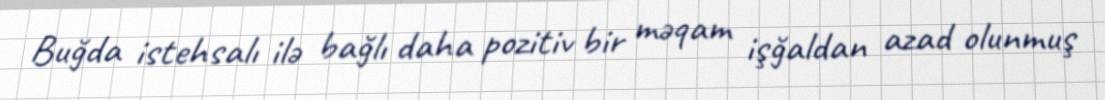
Buğda istehsalı ilə bağlı daha pozitiv bir məqam işğaldan azad olunmuş